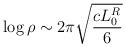
LaTeX: \begin{align*}\log \rho\sim 2\pi \sqrt{\frac{cL_0^R}{6}} \end{align*}